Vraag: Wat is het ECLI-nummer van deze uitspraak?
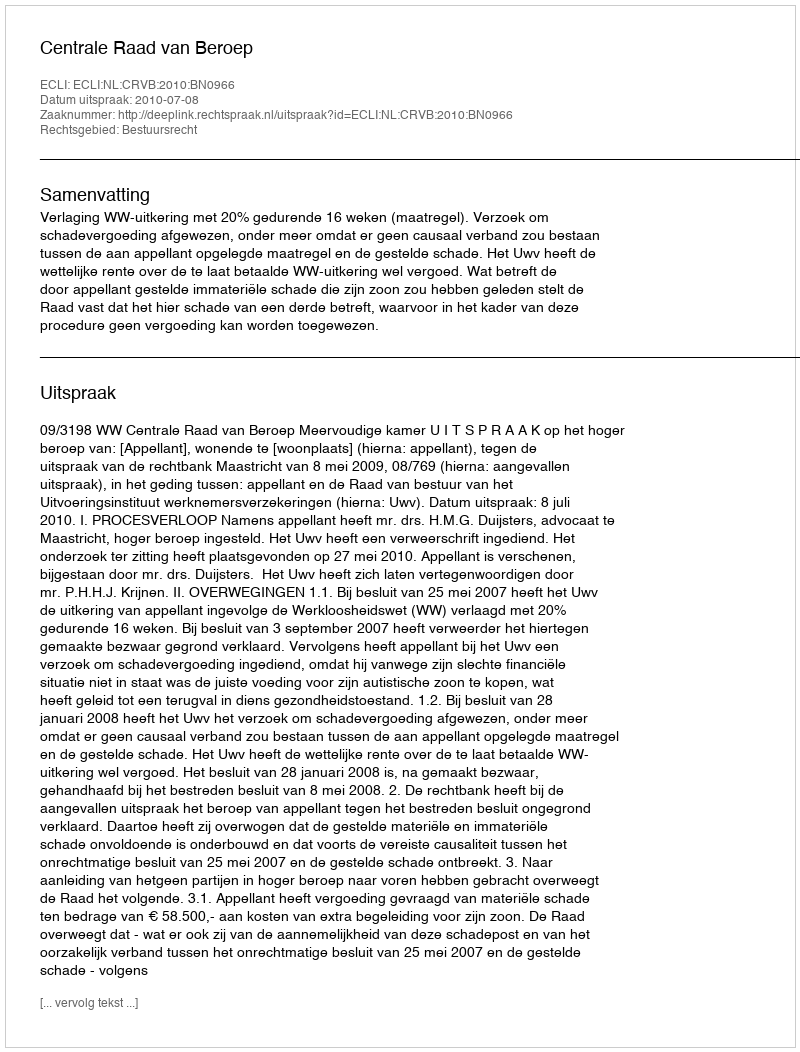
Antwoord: ECLI:NL:CRVB:2010:BN0966